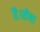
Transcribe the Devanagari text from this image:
है।सेना